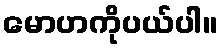
မောဟကိုပယ်ပါ။